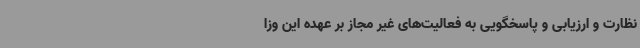
نظارت و ارزیابی و پاسخگویی به فعالیت‌های غیر مجاز بر عهده این وزا